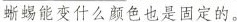
蜥蜴能变什么颜色也是固定的。